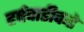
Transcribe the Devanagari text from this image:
हर्षवाडीकडे